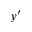
y ^ { \prime }